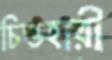
চিত্তহারী